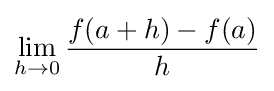
\lim _{h\to 0}{f(a+h)-f(a) \over {h}}